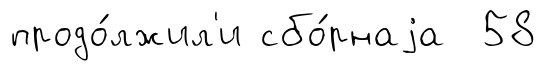
продо́лжил'и сбо́рнаjа 58